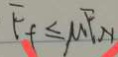
F _ { f } \leq \mu F N